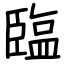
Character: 𦣪